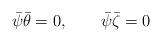
LaTeX: \begin{align*}\bar\psi \bar\theta =0,\qquad\bar\psi \bar\zeta =0\end{align*}